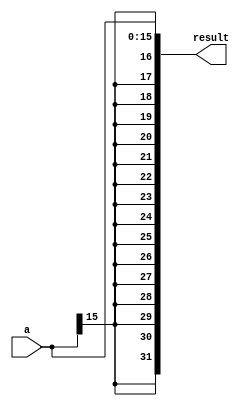
module SignExtend(a, result);
input [15:0] a;
output [31:0] result;

assign result = {{16{a[15]}}, a};
endmodule